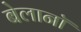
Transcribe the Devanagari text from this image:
बेलानॉ